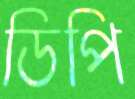
ডিপি